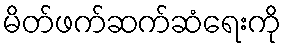
မိတ်ဖက်ဆက်ဆံရေးကို